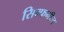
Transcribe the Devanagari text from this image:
सिम्फनीज